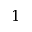
1